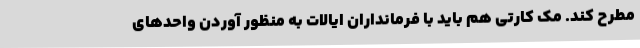
مطرح کند. مک کارتی هم باید با فرمانداران ایالات به منظور آوردن واحدهای